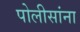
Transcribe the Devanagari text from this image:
पोलीसांना